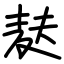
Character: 麸